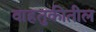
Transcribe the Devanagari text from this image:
वाहतुकीतील